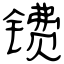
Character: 镄